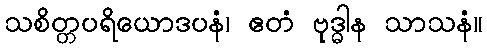
သစိတ္တပရိယောဒပနံ၊ ဧတံ ဗုဒ္ဓါန သာသနံ။